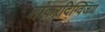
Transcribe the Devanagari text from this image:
शांकरदिग्विजय